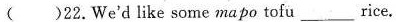
( )22.We'd like some ma po tofu ___rice.